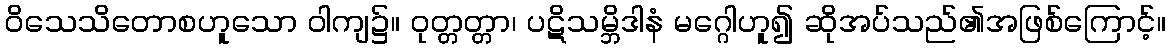
ဝိသေသိတောစဟူသော ဝါကျ၌။ ဝုတ္တတ္တာ၊ ပဋိသမ္ဘိဒါနံ မဂ္ဂေါဟူ၍ ဆိုအပ်သည်၏အဖြစ်ကြောင့်။